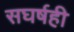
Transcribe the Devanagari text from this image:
सघर्षही